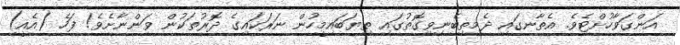
އަންގަވާހުށްޓެވެ. އެތާނގައި ދެމިތިބެނިވިގޮތުގައި ތިޔަބައިމީހުން ނަރަކައިގެ ދޮރުތަކުން ވަންނާށެވެ! ފަހެ (އެއީ)